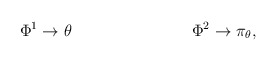
\begin{align*}\Phi^1 \rightarrow \theta\hspace{1.2in} \Phi^2 \rightarrow \pi_{\theta},\end{align*}